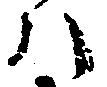
ハ